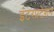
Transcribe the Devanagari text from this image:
इंटरप्रटेशन